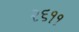
૨૬૧૧